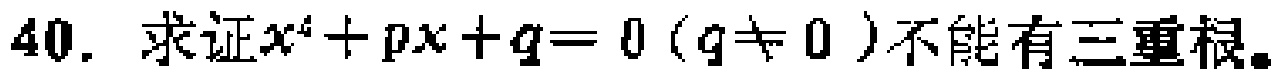
40. 求证\(x^{4}+px + q = 0\ (q\neq 0)\)不能有三重根。